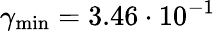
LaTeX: \gamma_{\textup{min}}=3.46\cdot 10^{-1}